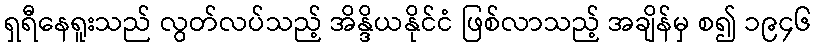
ရှရီနေရူးသည် လွတ်လပ်သည့် အိန္ဒိယနိုင်ငံ ဖြစ်လာသည့် အချိန်မှ စ၍ ၁၉၄၆